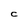
Character: C